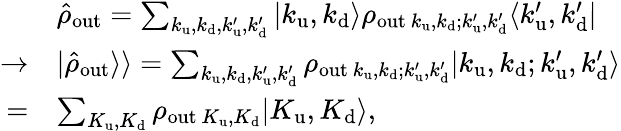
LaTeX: \begin{array}{rl}&{\hat{\rho}_{\mathrm{out}}=\sum_{k_{\mathrm{u}},k_{\mathrm{d}},k_{\mathrm{u}}^{\prime},k_{\mathrm{d}}^{\prime}}\vert k_{\mathrm{u}},k_{\mathrm{d}}\rangle\rho_{\mathrm{out}~k_{\mathrm{u}},k_{\mathrm{d}};k_{\mathrm{u}}^{\prime},k_{\mathrm{d}}^{\prime}}\langle k_{\mathrm{u}}^{\prime},k_{\mathrm{d}}^{\prime}\vert}\\ {\rightarrow}&{\vert\hat{\rho}_{\mathrm{out}}\rangle\rangle=\sum_{k_{\mathrm{u}},k_{\mathrm{d}},k_{\mathrm{u}}^{\prime},k_{\mathrm{d}}^{\prime}}\rho_{\mathrm{out}~k_{\mathrm{u}},k_{\mathrm{d}};k_{\mathrm{u}}^{\prime},k_{\mathrm{d}}^{\prime}}\vert k_{\mathrm{u}},k_{\mathrm{d}};k_{\mathrm{u}}^{\prime},k_{\mathrm{d}}^{\prime}\rangle}\\ {=}&{\sum_{K_{\mathrm{u}},K_{\mathrm{d}}}\rho_{\mathrm{out}~K_{\mathrm{u}},K_{\mathrm{d}}}\vert K_{\mathrm{u}},K_{\mathrm{d}}\rangle,}\end{array}